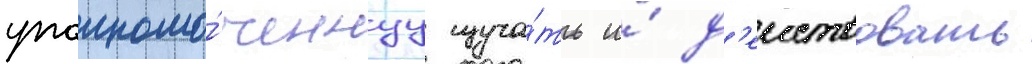
уполномо́ченнуу изуча́ть и́ д'еиствовать